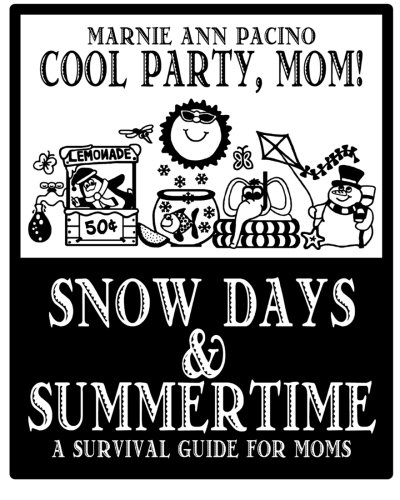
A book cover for Cool Party, Mom! Snow Days and Summertime: A Survival Guide for Moms; Marnie Ann Pacino; Cookbooks, Food & Wine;